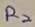
Text: R2